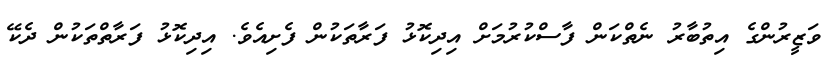
ވަޒީރުންގެ އިތުބާރު ނެތްކަން ފާސްކުރުމަށް އިދިކޮޅު ފަރާތަކުން ފެށިއެވެ. އިދިކޮޅު ފަރާތްތަކުން ދެކޭ